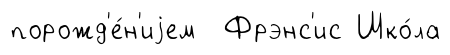
порожд'е́н'иjем Фрэнс'ис Шко́ла